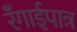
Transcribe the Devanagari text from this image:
रँगाईपात्र